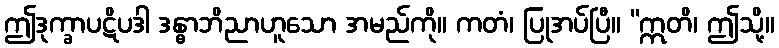
ဤဒုက္ခာပဋိပဒါ ဒန္ဓာဘိညာဟူသော အမည်ကို။ ကတံ၊ ပြုအပ်ပြီ။ “ဣတိ၊ ဤသို့။